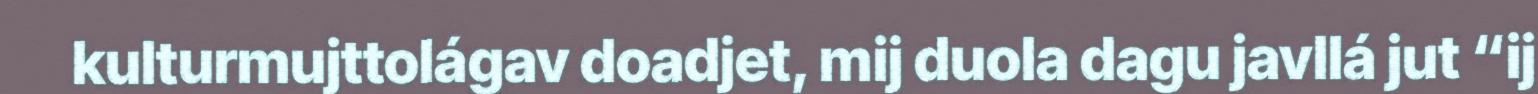
kulturmujttolágav doadjet, mij duola dagu javllá jut “ij